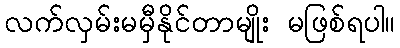
လက်လှမ်းမမှီနိုင်တာမျိုး မဖြစ်ရပါ။